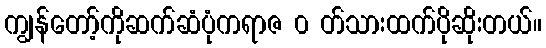
ကျွန်တော့်ကိုဆက်ဆံပုံကရာဇ ၀ တ်သားထက်ပိုဆိုးတယ်။